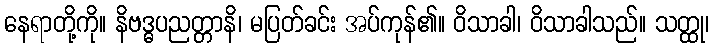
နေရာတို့ကို။ နိဗဒ္ဓပညတ္တာနိ၊ မပြတ်ခင်း အပ်ကုန်၏။ ဝိသာခါ၊ ဝိသာခါသည်။ သတ္ထု၊